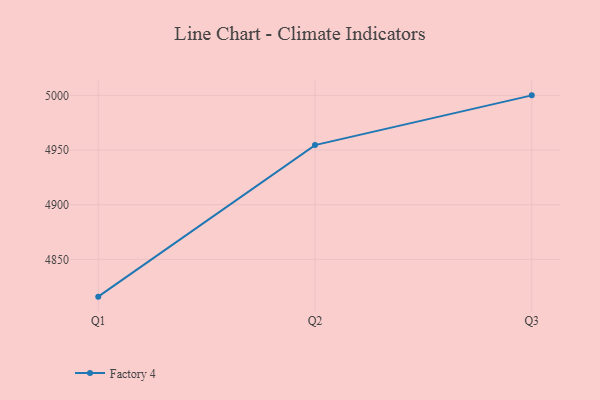
{"axis": {"x": "Quarter", "y": "Net Income (USD K)"}, "legend": ["Factory 4"], "data": [{"x": "Q1", "y": 4815.9, "type": "Factory 4"}, {"x": "Q2", "y": 4954.5, "type": "Factory 4"}, {"x": "Q3", "y": 5000, "type": "Factory 4"}]}